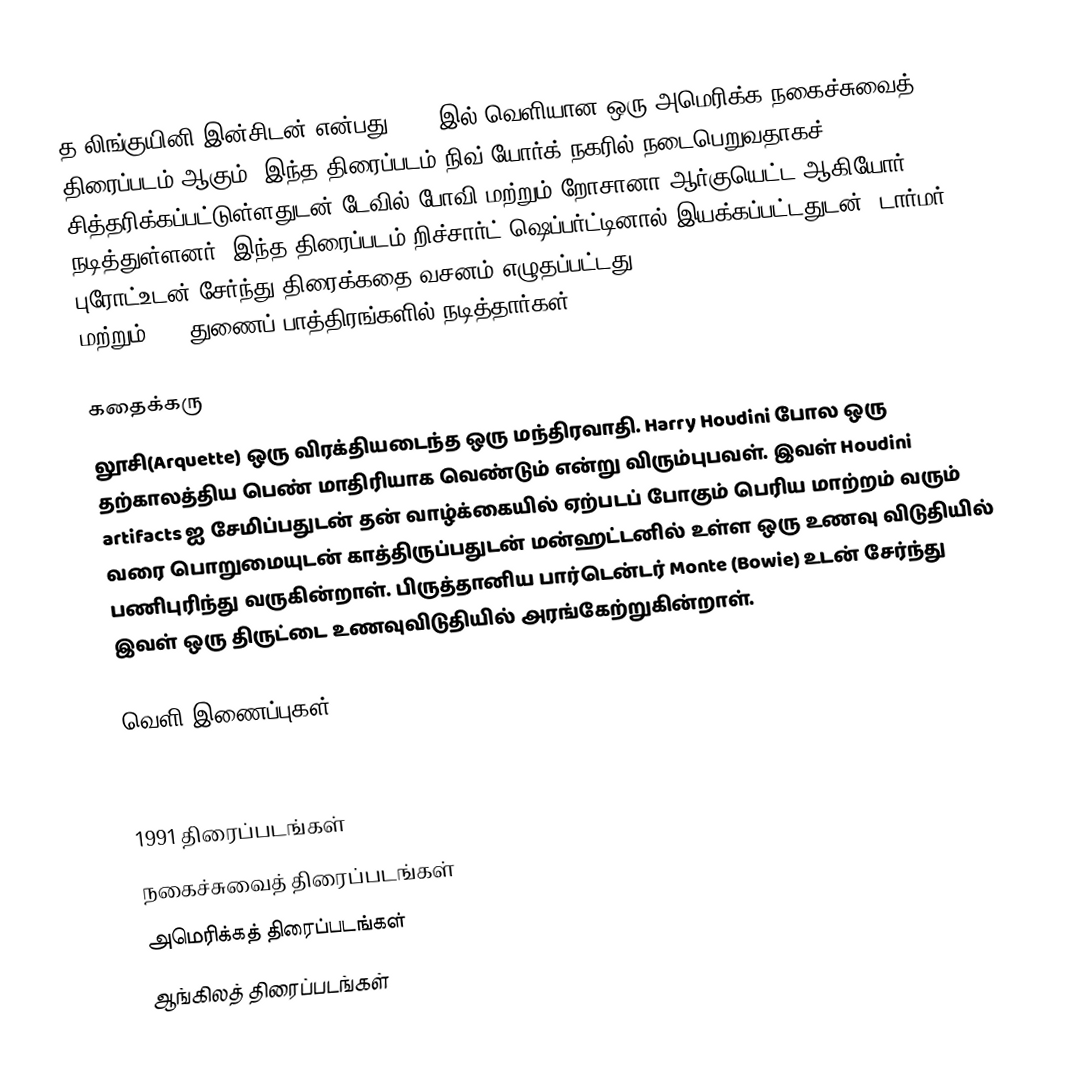
த லிங்குயினி இன்சிடன்   என்பது 1991 இல் வெளியான ஒரு அமெரிக்க நகைச்சுவைத் திரைப்படம் ஆகும். இந்த திரைப்படம் நிவ் யோர்க் நகரில் நடைபெறுவதாகச் சித்தரிக்கப்பட்டுள்ளதுடன் டேவில் போவி மற்றும் றோசானா ஆர்குயெட்ட ஆகியோர் நடித்துள்ளனர். இந்த திரைப்படம் றிச்சார்ட் ஷெப்பர்ட்டினால் இயக்கப்பட்டதுடன், டார்மர் புரோட்உடன் சேர்ந்து திரைக்கதை வசனம் எழுதப்பட்டது. Marlee Matlin, Buck Henry மற்றும்Iman துணைப் பாத்திரங்களில் நடித்தார்கள்.

கதைக்கரு
லூசி(Arquette) ஒரு விரக்தியடைந்த ஒரு மந்திரவாதி. Harry Houdini போல ஒரு தற்காலத்திய பெண் மாதிரியாக வெண்டும் என்று விரும்புபவள். இவள் Houdini artifacts ஐ சேமிப்பதுடன் தன் வாழ்க்கையில் ஏற்படப் போகும் பெரிய மாற்றம் வரும் வரை பொறுமையுடன் காத்திருப்பதுடன் மன்ஹட்டனில் உள்ள ஒரு உணவு விடுதியில் பணிபுரிந்து வருகின்றாள். பிருத்தானிய பார்டென்டர் Monte (Bowie) உடன் சேர்ந்து இவள் ஒரு திருட்டை உணவுவிடுதியில் அரங்கேற்றுகின்றாள்.

வெளி இணைப்புகள்

1991 திரைப்படங்கள்
நகைச்சுவைத் திரைப்படங்கள்
அமெரிக்கத் திரைப்படங்கள்
ஆங்கிலத் திரைப்படங்கள்